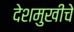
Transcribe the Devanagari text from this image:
देशमुखीचे